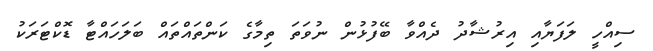
ސިއްހީ ލަފަޔާއި އިރުޝާދު ދެއްވާ ބޭފުޅުން ނުވަތަ ތިމާގެ ކަންތައްތައް ބަލަހައްޓާ ޑޮކްޓަރަކު